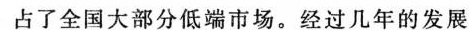
占了全国大部分低端市场。经过几年的发展，